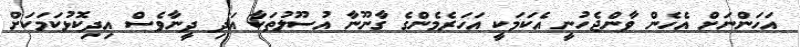
އަހަންނަށް އެހެން ވާންޖެހުނީ އެކަމަކީ އަހަރެމެންގެ ގާނޫނާ އުސޫލުތަކާ އަދި ދީނާވެސް އިދިކޮޅުކަމަކަށް